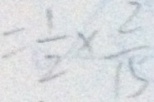
= \frac { 1 } { 2 } \times \frac { 2 } { 1 5 }